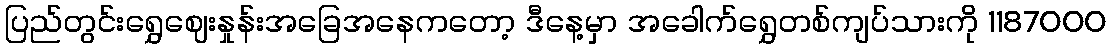
ပြည်တွင်းရွှေဈေးနှုန်းအခြေအနေကတော့ ဒီနေ့မှာ အခေါက်ရွှေတစ်ကျပ်သားကို 1187000